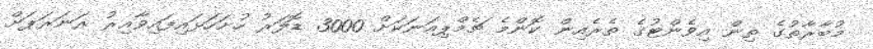
މުބާރާތުގެ ތިން އިވެންޓުގެ ތެރެއިން ކޮންމެ ޗެމްޕިއަނަކަށް 3000 ޑޮލަރު ހުށަހަޅައިފައިވާއިރު ރަނަރަޕަށް